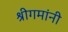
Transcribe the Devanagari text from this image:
श्रीगमांनी